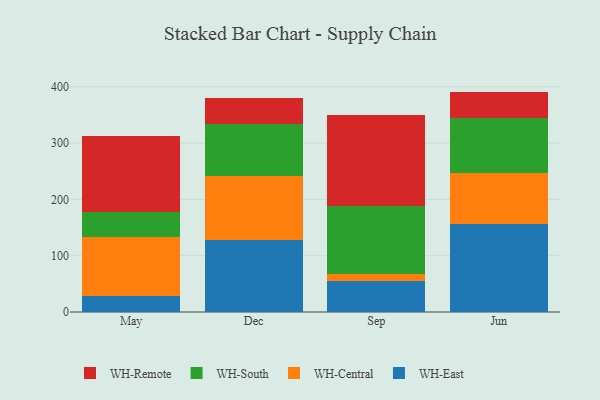
{"axis": {"x": "Month", "y": "Gross Profit (USD K)"}, "legend": ["WH-Central", "WH-East", "WH-Remote", "WH-South"], "data": [{"x": "May", "y": 28.5, "type": "WH-East"}, {"x": "May", "y": 104.4, "type": "WH-Central"}, {"x": "May", "y": 44.7, "type": "WH-South"}, {"x": "May", "y": 134.2, "type": "WH-Remote"}, {"x": "Dec", "y": 127.6, "type": "WH-East"}, {"x": "Dec", "y": 113.3, "type": "WH-Central"}, {"x": "Dec", "y": 92.6, "type": "WH-South"}, {"x": "Dec", "y": 47.2, "type": "WH-Remote"}, {"x": "Sep", "y": 55.9, "type": "WH-East"}, {"x": "Sep", "y": 10.9, "type": "WH-Central"}, {"x": "Sep", "y": 120.7, "type": "WH-South"}, {"x": "Sep", "y": 161.6, "type": "WH-Remote"}, {"x": "Jun", "y": 155.7, "type": "WH-East"}, {"x": "Jun", "y": 91.0, "type": "WH-Central"}, {"x": "Jun", "y": 97.6, "type": "WH-South"}, {"x": "Jun", "y": 47.2, "type": "WH-Remote"}]}